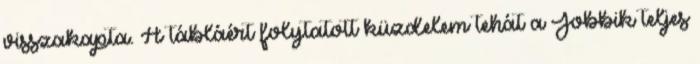
visszakapta. A tábláért folytatott küzdelem tehát a Jobbik teljes